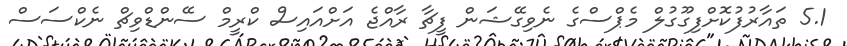
5.1 ތައާރުފުކޮށްފިގޫގުލް މެޕްސްގެ ނެވިގޭޝަން ފީޗާ ރާއްޖެ އަށްއައިސް ކްރީމް ސޭންޑްވިޗް ނެކްސަސް